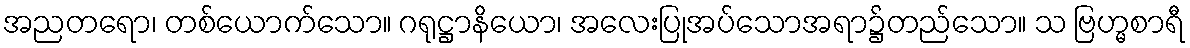
အညတရော၊ တစ်ယောက်သော။ ဂရုဋ္ဌာနိယော၊ အလေးပြုအပ်သောအရာ၌တည်သော။ သ ဗြဟ္မစာရီ